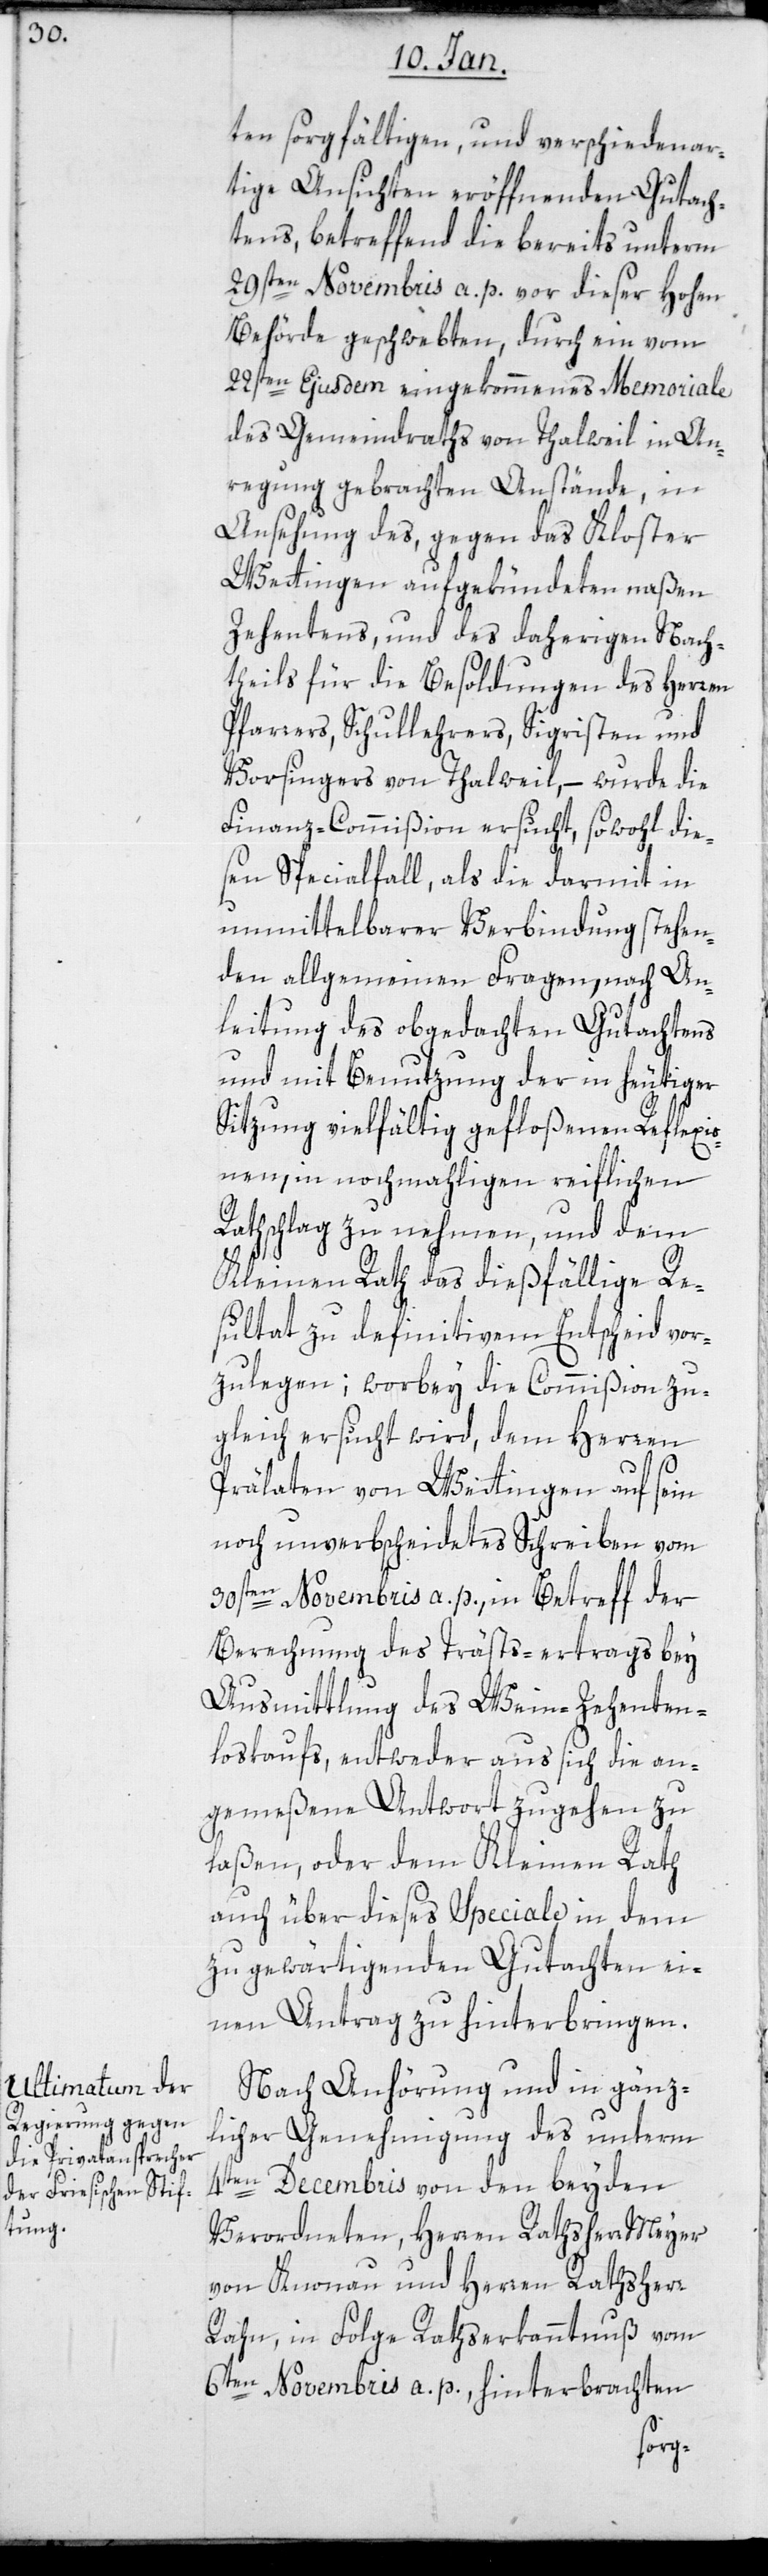
ten sorgfältigen, und verschiedenar¬
tige Ansichten eröffneten Gutach¬
tens, betreffend die bereits unterm
29sten Novembris a. p. vor dieser hohen
Behörde geschwebten, durch ein vom
22sten Ejusdem eingekommenes Memoriale
des Gemeindraths von Thalweil in An¬
regung gebrachten Anstände, in
Ansehung des, gegen das Kloster
Wettingen aufgekündeten naßen
Zehentens, und des daherigen Nach¬
theils für die Besoldungen des Herren
Pfarrers, Schullehrers, Sigristen und
Vorsingers von Thalweil, – wurde die
Finanz-Commißion ersucht, sowohl die¬
sen Specialfall als die darmit in
unmittelbarer Verbindung stehen¬
den allgemeinen Fragen, nach An¬
leitung des obgedachten Gutachtens
und mit Benutzung der in heutiger
Sitzung vielfältig gefloßenen Reflexio¬
nen, in nochmaligen reiflichen
Rathschlag zu nehmen, und dem
Kleinen Rath das dießfällige Re¬
sultat zu definitivem Entscheid vor¬
zulegen; wobey die Commißion zu¬
gleich ersucht wird, dem Herren
Prälaten von Wettingen auf sein
noch unverbscheidetes Schreiben vom
30sten Novembris a. p., in Betreff der
Berechnung des Trästs-Ertrags bey
Ausmittlung des Weinzehenten-L¬
oskaufs, entweder aus sich die an¬
gemeßene Antwort zugehen zu
laßen, oder dem Kleinen Rath
auch über dieses Speciale in dem
zu gewärtigenden Gutachten ei¬
nen Antrag zu hinterbringen.
Nach Anhörung und in gänz¬
licher Genehmigung des unterm
4ten Decembris von den beyden
Verordneten, Herren Rathsherr Meyer
von Knonau und Herren Rathsherr
Rahn, in Folge Rathserkanntnuß vom
6ten Novembris a. p. hinterbrachten